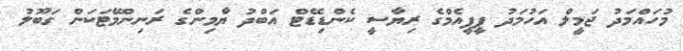
މުހައްމަދު ޖަމީލް އަހުމަދު ޕީޕީއެމްގެ ރިޔާސީ ކެންޑިޑޭޓް އަބްދު ޔާމިންގެ ރަނިންމޭޓަކަން ގަބޫލު